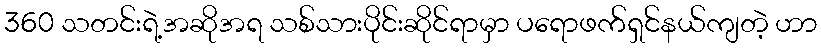
360 သတင်းရဲ့အဆိုအရ သစ်သားပိုင်းဆိုင်ရာမှာ ပရောဖက်ရှင်နယ်ကျတဲ့ ဟာ